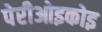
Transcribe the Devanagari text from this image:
पेरीओइकोइ